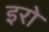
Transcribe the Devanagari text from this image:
इरो